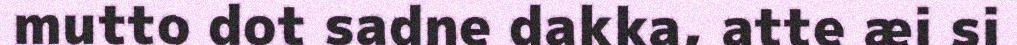
mutto dot sadne dakka, atte æi si